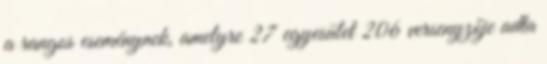
a rangos eseménynek, amelyre 27 egyesület 206 versenyzője adta